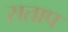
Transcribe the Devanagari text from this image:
सताप